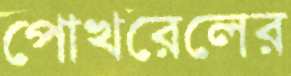
পোখরেলের